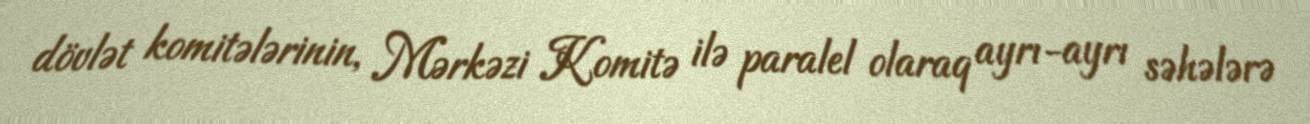
dövlət komitələrinin, Mərkəzi Komitə ilə paralel olaraq ayrı-ayrı səhələrə